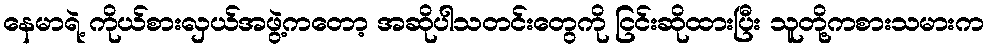
နေမာရဲ့ ကိုယ်စားလှယ်အဖွဲ့ကတော့ အဆိုပါသတင်းတွေကို ငြင်းဆိုထားပြီး သူတို့ကစားသမားက